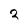
Character: 2